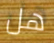
هل